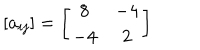
[ a _ { i j } ] = \left[ \begin{matrix} { { 8 } } & { { - 4 } } \\ { { - 4 } } & { { 2 } } \\ \end{matrix} \right]